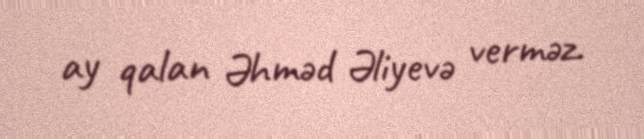
ay qalan Əhməd Əliyevə verməz.